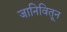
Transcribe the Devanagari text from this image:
जानिवितून